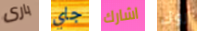
بارى جاي اشارك روك